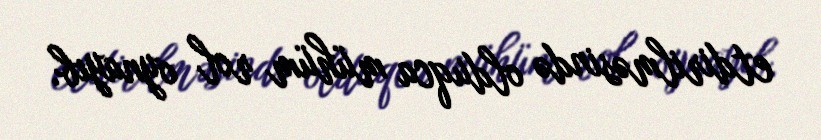
etdirilməsində olduqca mühüm rol oynayıb.